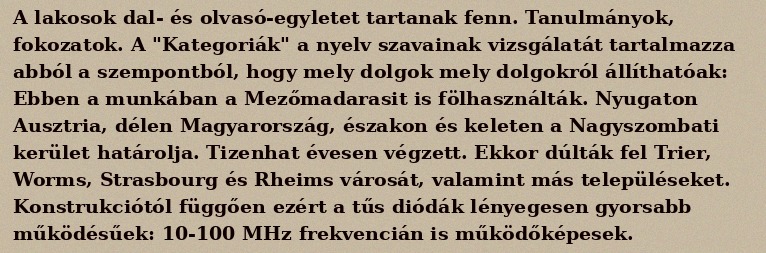
A lakosok dal- és olvasó-egyletet tartanak fenn. Tanulmányok, fokozatok. A "Kategoriák" a nyelv szavainak vizsgálatát tartalmazza abból a szempontból, hogy mely dolgok mely dolgokról állíthatóak: Ebben a munkában a Mezőmadarasit is fölhasználták. Nyugaton Ausztria, délen Magyarország, északon és keleten a Nagyszombati kerület határolja. Tizenhat évesen végzett. Ekkor dúlták fel Trier, Worms, Strasbourg és Rheims városát, valamint más településeket. Konstrukciótól függően ezért a tűs diódák lényegesen gyorsabb működésűek: 10-100 MHz frekvencián is működőképesek.